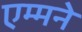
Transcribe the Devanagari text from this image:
एम्मने